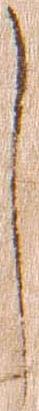
し